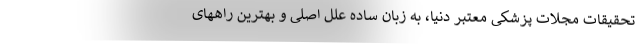
تحقیقات مجلات پزشکی معتبر دنیا، به زبان ساده علل اصلی و بهترین راههای